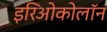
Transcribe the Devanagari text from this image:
इरिओकोलॉन